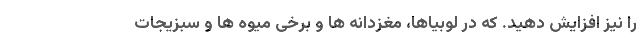
را نیز افزایش دهید. که در لوبیاها، مغزدانه ها و برخی میوه ها و سبزیجات